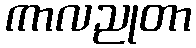
ကာလညုတာ